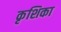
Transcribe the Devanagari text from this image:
कृशिका